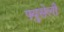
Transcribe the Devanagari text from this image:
फ्युसेली